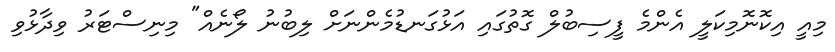
މިއީ އިކޮނޮމިކަލީ އެންމެ ފީސިބުލް ގޮތުގައި އަޅުގަނޑުމެންނަށް ލިބުނު ލޯނެއް" މިނިސްޓަރު ވިދާޅުވި